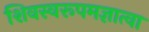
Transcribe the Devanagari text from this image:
शिवस्वरूपमज्ञात्वा